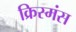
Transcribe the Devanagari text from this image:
क्रिस्मंस